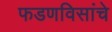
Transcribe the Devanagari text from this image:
फडणविसांचे